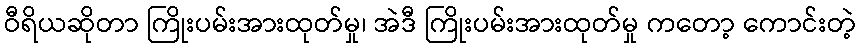
ဝီရိယဆိုတာ ကြိုးပမ်းအားထုတ်မှု၊ အဲဒီ ကြိုးပမ်းအားထုတ်မှု ကတော့ ကောင်းတဲ့